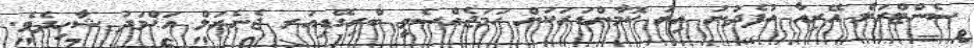
ސެންޓްރަލް އޭރިއާ އުފެދުނު އިރު ކޮމާންޑަރަކަށް ހަމަޖެއްސެވީ ބްރިގޭޑިއަރ ޖެނެރަލް އަޙްމަދު ޝާހިދެވެ.